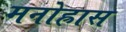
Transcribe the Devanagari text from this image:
मनोह्रास